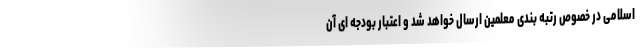
اسلامی در خصوص رتبه بندی معلمین ارسال خواهد شد و اعتبار بودجه ای آن